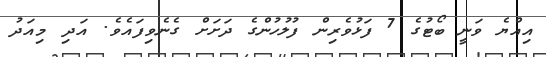
އިއްޔެ ވަނީ ބޯޓުގެ 7 ފަޅުވެރިން ފުލުހުންގެ ދަށަށް ގެނެވިފައެވެ. އަދި މިއަދު